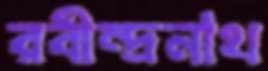
রবীন্দ্রনাথ